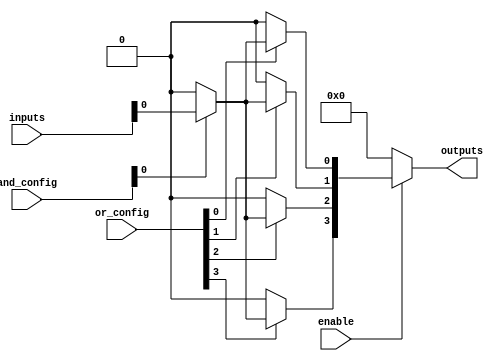
module SPAL #(
    parameter NUM_INPUTS = 8,        // Number of input lines (4 to 16)
    parameter NUM_OUTPUTS = 4,       // Number of output lines
    parameter NUM_PRODUCT_TERMS = 16  // Number of product terms generated by AND array
)(
    input wire [NUM_INPUTS-1:0] inputs,       // Input lines
    input wire [NUM_PRODUCT_TERMS-1:0] and_config, // Configuration for AND array
    input wire [NUM_OUTPUTS-1:0] or_config,   // Configuration for OR array
    input wire enable,                         // Enable signal
    output reg [NUM_OUTPUTS-1:0] outputs      // Output lines
);

    // Internal signals
    wire [NUM_PRODUCT_TERMS-1:0] product_terms; // Product terms from AND array
    wire [NUM_OUTPUTS-1:0] selected_terms;       // Selected terms for OR array

    // Programmable AND array
    genvar i, j;
    generate
        for (i = 0; i < NUM_PRODUCT_TERMS; i = i + 1) begin : and_array
            assign product_terms[i] = (and_config[i]) ? (inputs & (1 << i)) : 0;
        end
    endgenerate

    // Programmable OR array
    generate
        for (j = 0; j < NUM_OUTPUTS; j = j + 1) begin : or_array
            assign selected_terms[j] = or_config[j] ? product_terms : 0;
        end
    endgenerate

    // Output logic with enable
    always @(*) begin
        if (enable) begin
            outputs = selected_terms;
        end else begin
            outputs = 0; // Disable outputs
        end
    end

endmodule